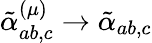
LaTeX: \tilde{\alpha}_{ab,c}^{(\mu)}\rightarrow\tilde{\alpha}_{ab,c}